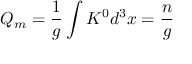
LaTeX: Q _ { m } = \frac { 1 } { g } \int K ^ { 0 } d ^ { 3 } x = \frac { n } { g }